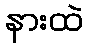
နားထဲ